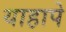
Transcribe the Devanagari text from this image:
याहापे